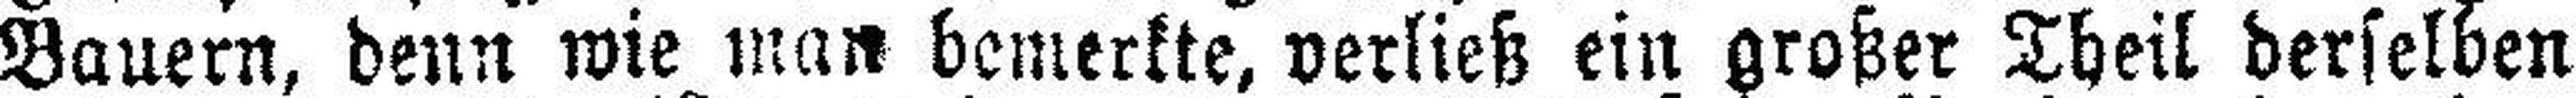
Bauern, denn wie man bemerkte, verlieb ein großer Theil derselben